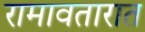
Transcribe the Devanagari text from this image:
रामावतारात